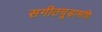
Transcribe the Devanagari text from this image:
सगीतचूड़ामणि